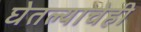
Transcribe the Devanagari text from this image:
घेतल्याचेही